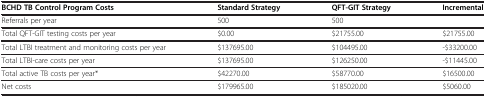
| BCHD TB Control Program Costs | Standard Strategy | QFT-GIT Strategy | Incremental |
 | --- | --- | --- | --- |
 | Referrals per year | 500 | 500 |  |
 | Total QFT-GIT testing costs per year | $0.00 | $21755.00 | $21755.00 |
 | Total LTBI treatment and monitoring costs per year | $137695.00 | $104495.00 | -$33200.00 |
 | Total LTBI-care costs per year | $137695.00 | $126250.00 | -$11445.00 |
 | Total active TB costs per year* | $42270.00 | $58770.00 | $16500.00 |
 | Net costs | $179965.00 | $185020.00 | $5060.00 |